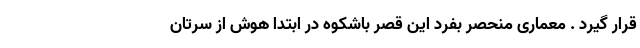
قرار گیرد . معماری منحصر بفرد این قصر باشکوه در ابتدا هوش از سرتان